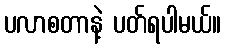
ပလာစတာနဲ့ ပတ်ရပါမယ်။